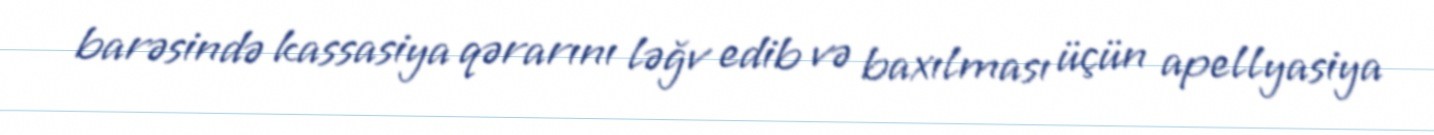
barəsində kassasiya qərarını ləğv edib və baxılması üçün apellyasiya